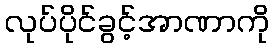
လုပ်ပိုင်ခွင့်အာဏာကို